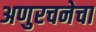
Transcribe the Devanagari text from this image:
अणुरचनेचा